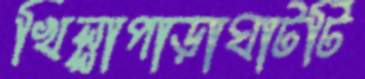
খিল্লাপাড়াঘাটটি